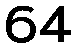
64